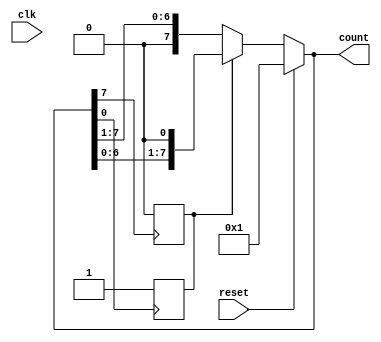

`timescale 1 ns / 1 ns

module shift_counter(count, clk, reset);
  output reg [7:0] count;
  input clk, reset;
  reg dir;
  
  initial
  begin
    count <= 8'b1;
  end
  
  always @ (clk)
  begin
    if(reset)
      begin
        count <= 8'b1;
      end
    else
      begin
        if(dir)count <= count << 1;
        else count <= count >> 1;
      end
  end
  
  always @ (posedge count[0])
  begin
    dir <= 1'b1;
  end
  
  always @ (posedge count[7])
  begin
    dir <= 1'b0;
  end
endmodule